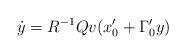
LaTeX: \begin{align*}\dot y = R^{-1}Qv(x_0' + \Gamma_0'y)\end{align*}